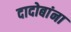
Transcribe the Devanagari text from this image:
दादोबांना